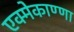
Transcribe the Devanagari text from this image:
एक्मेकाण्णा